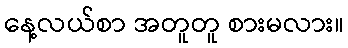
နေ့လယ်စာ အတူတူ စားမလား။